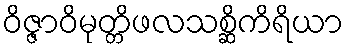
ဝိဇ္ဇာဝိမုတ္တိဖလသစ္ဆိကိရိယာ